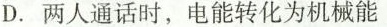
D.两人通话时，电能转化为机械能